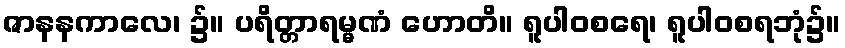
ဇာနနကာလေ၊ ၌။ ပရိတ္တာရမ္မဏံ ဟောတိ။ ရူပါဝစရေ၊ ရူပါဝစရဘုံ၌။